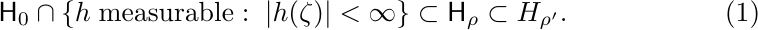
	\begin{equation}
		\mathsf H_{0} \cap \{h\; \text{measurable}:\;
		|h(\zeta)|<\infty\} \subset \mathsf H_{\rho}
		\subset H_{\rho'}.
	\end{equation}